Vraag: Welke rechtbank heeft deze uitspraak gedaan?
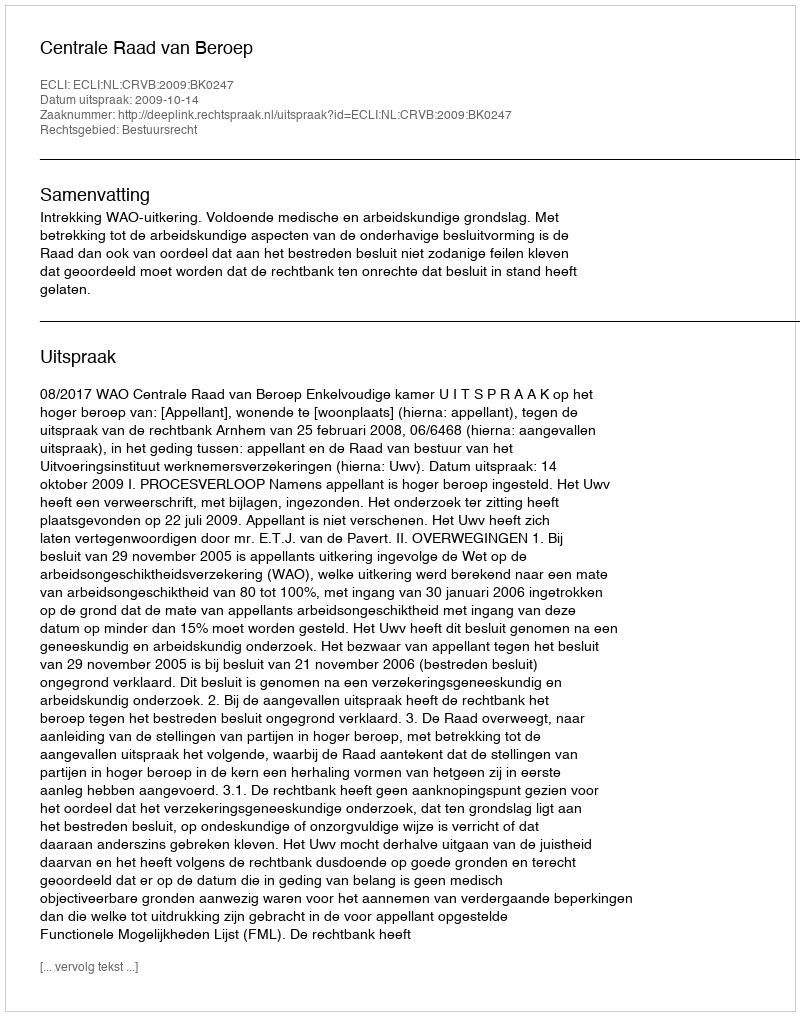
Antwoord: Centrale Raad van Beroep